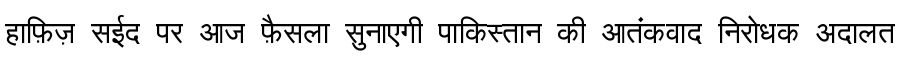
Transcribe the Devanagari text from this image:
हाफ़िज़ सईद पर आज फ़ैसला सुनाएगी पाकिस्तान की आतंकवाद निरोधक अदालत